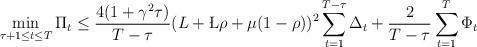
LaTeX: \begin{align*}\min_{\tau+1\leq t \leq T}\Pi_t &\leq \frac{4(1+\gamma^2\tau)}{T-\tau}(L+\L\rho + \mu(1-\rho))^2\sum_{t=1}^{T-\tau}\Delta_t + \frac{2}{T-\tau}\sum_{t=1}^T \Phi_t \end{align*}